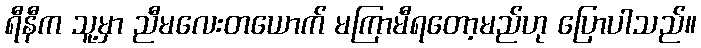
ရီနီက သူ့မှာ ညီမလေးတယောက် မကြာမီရတော့မည်ဟု ပြောပါသည်။